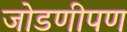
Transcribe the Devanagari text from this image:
जोडणीपण